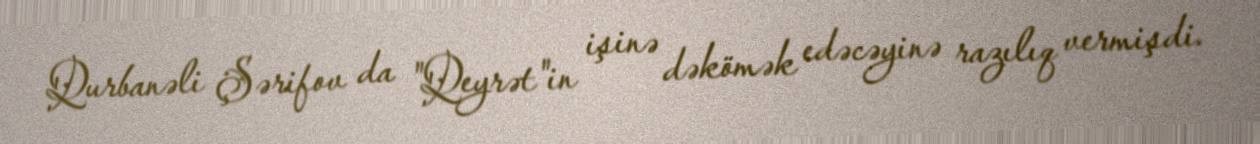
Qurbanəli Şərifov da "Qeyrət"in işinə dəkömək edəcəyinə razılıq vermişdi.